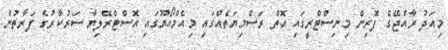
މިއަދު ރާއްޖޭގެ ފޮރިން މިނިސްޓްރީގައި އޮތް ރަސްމިޔަތެއްގައި މިއެމްއޯޔޫގައި އޮސްޓްރޭލިޔާ ސަރުކާރުގެ ފަރާތުން